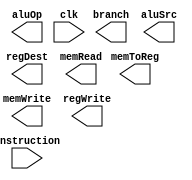
`timescale 1ns / 1ps
//////////////////////////////////////////////////////////////////////////////////
// Company: 
// Engineer: 
// 
// Design Name: 
// Module Name:    control_unit 
// Project Name: 
// Target Devices: 
// Tool versions: 
// Description: 
//
// Dependencies: 
//
// Revision: 
// Revision 0.01 - File Created
// Additional Comments: 
//
//////////////////////////////////////////////////////////////////////////////////
module control_unit(
	input wire [31:0]instruction,
	
	output reg regDest,
	output reg branch,
	output reg memRead,
	output reg memToReg,
	output reg aluOp,
	output reg memWrite,
	output reg aluSrc,
	output reg regWrite,
	
	input wire clk
    );
	 
	 


endmodule